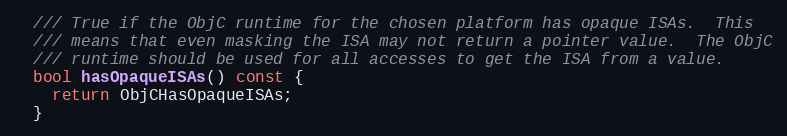
Language: C
  /// True if the ObjC runtime for the chosen platform has opaque ISAs.  This
  /// means that even masking the ISA may not return a pointer value.  The ObjC
  /// runtime should be used for all accesses to get the ISA from a value.
  bool hasOpaqueISAs() const {
    return ObjCHasOpaqueISAs;
  }